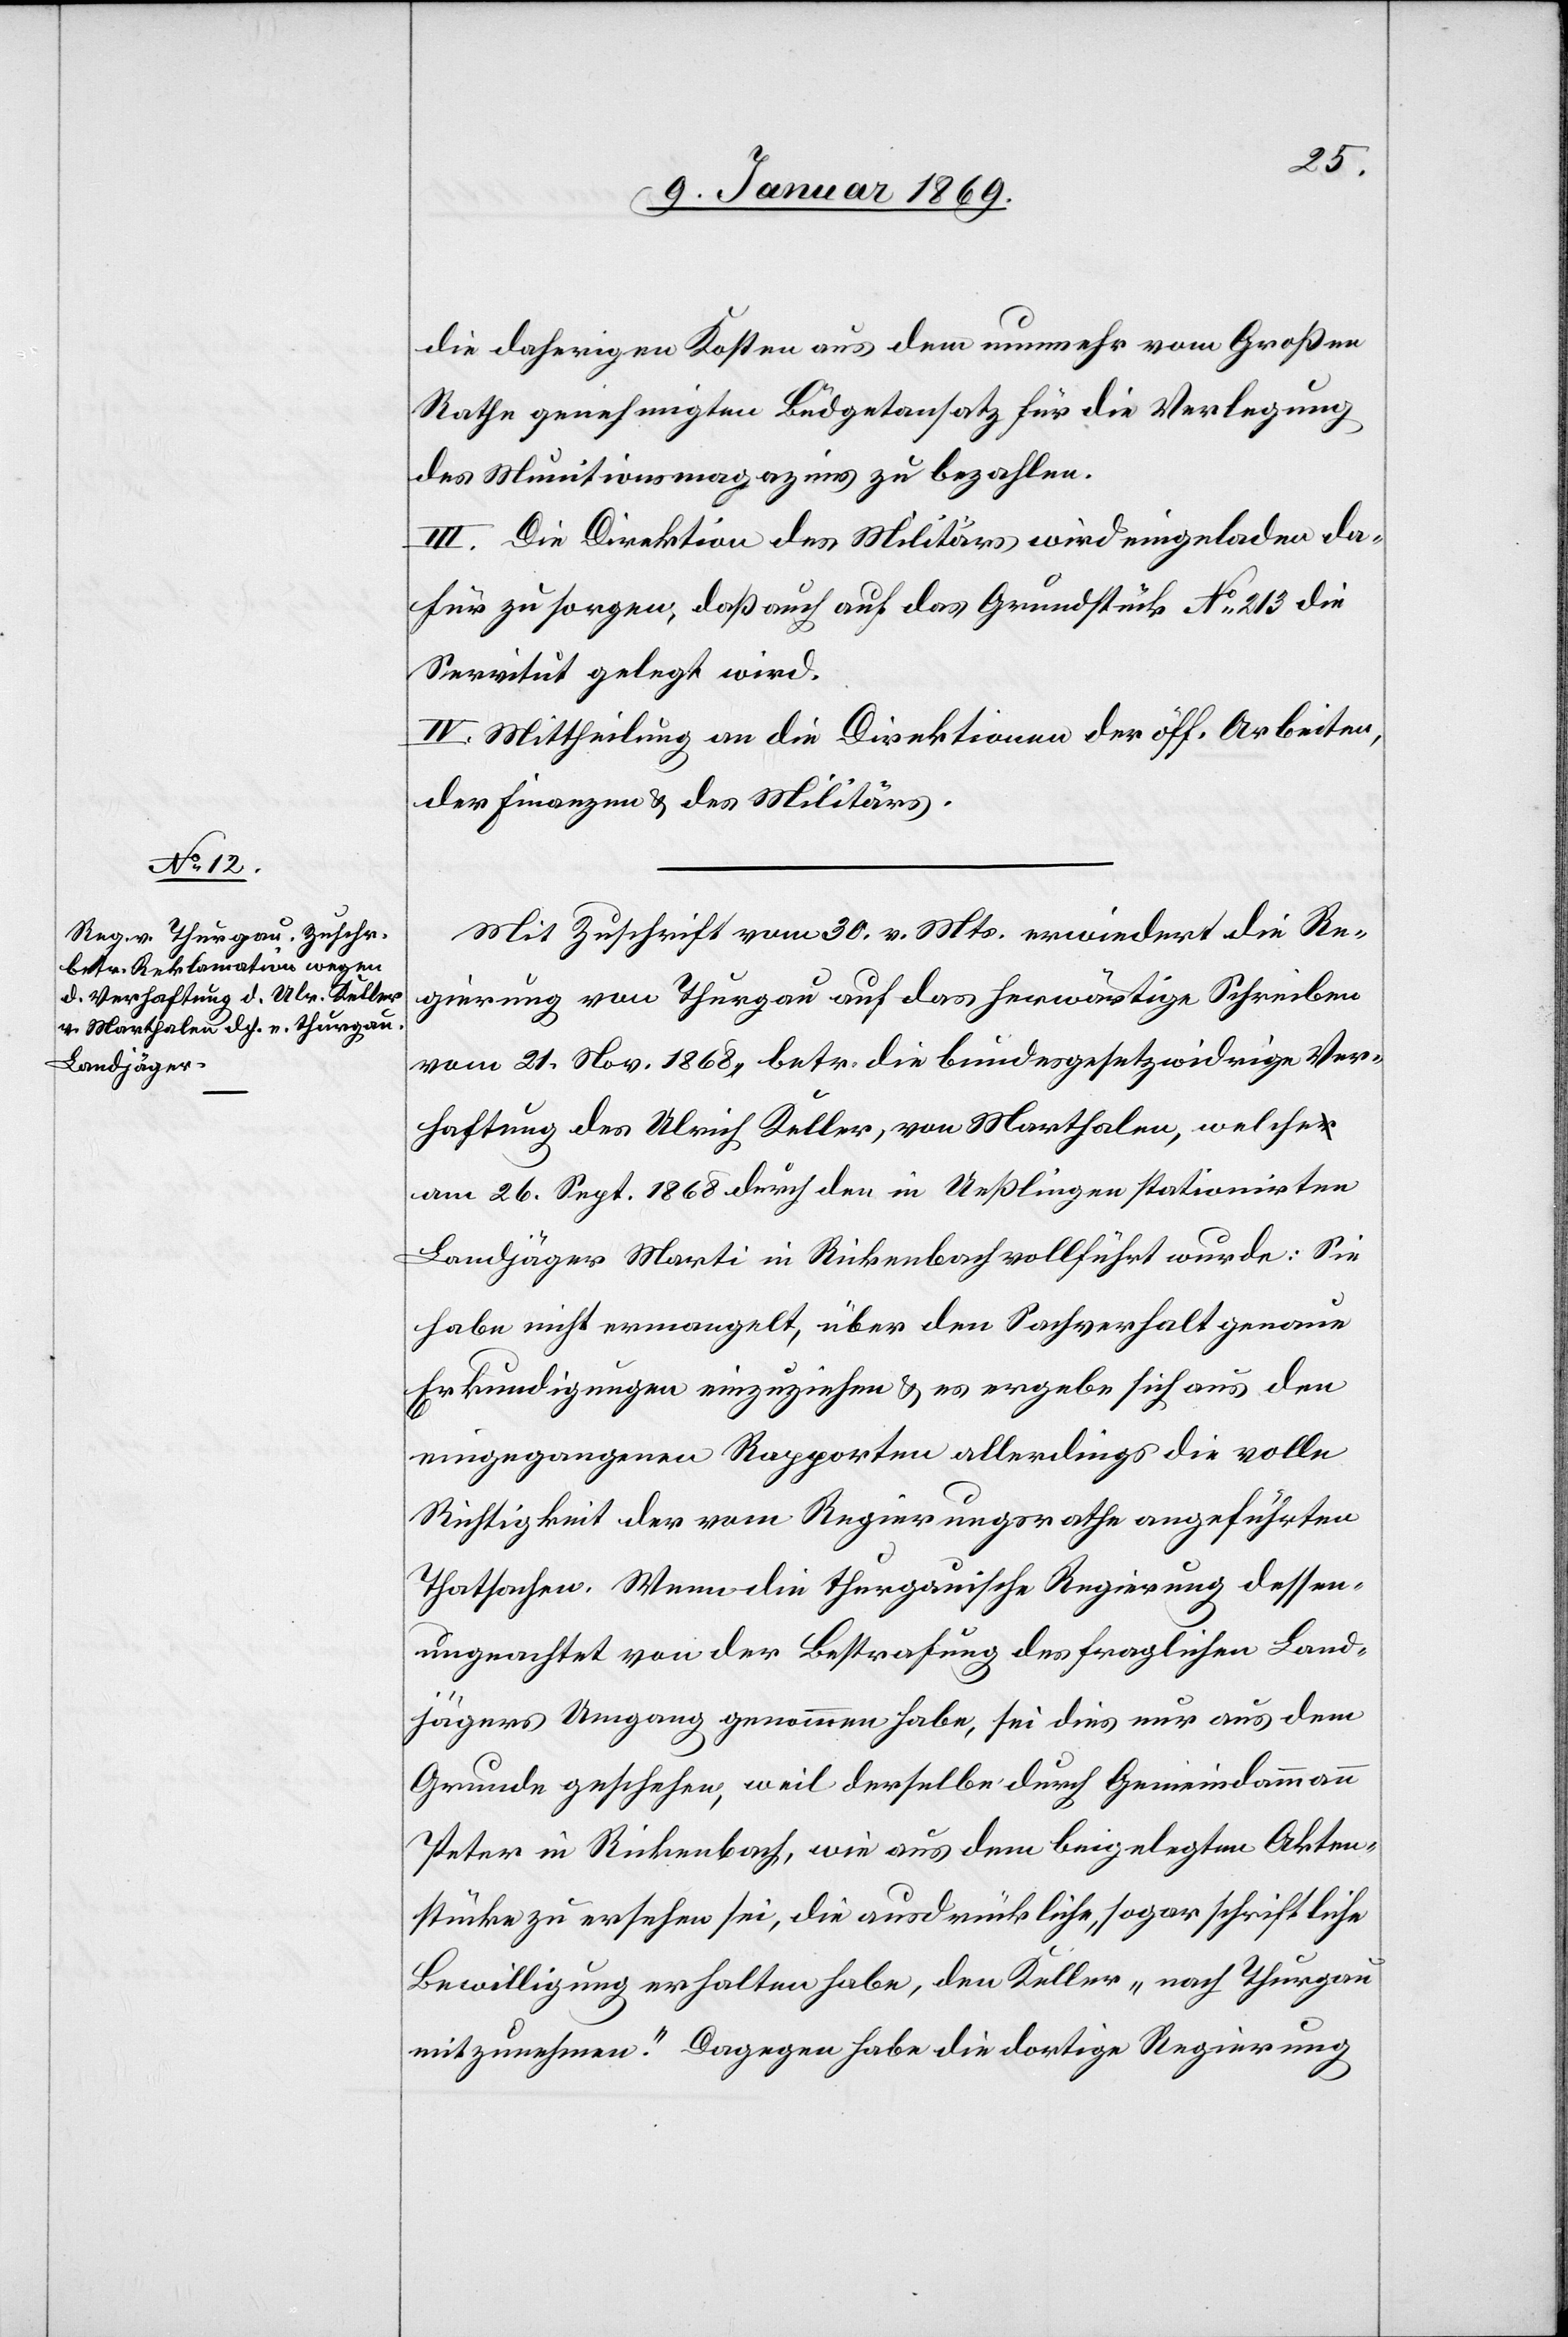
die daherigen Kosten aus dem nunmehr vom Großen
Rathe genehmigten Büdgetansatz für die Verlegung
des Munitionsmagazins zu bezahlen.
III. Die Direktion des Militärs wird eingeladen da¬
für zu sorgen, daß auch auf das Grundstück N° 213 die
Servitut gelegt wird.
IV. Mittheilung an die Direktionen der öff. Arbeiten
der Finanzen u. des Militärs.
Mit Zuschrift vom 30 v. Mts. erwiedert die Re¬
gierung von Thurgau auf das herwärtige Schreiben
vom 21. Nov. 1868, betr. die bundesgesetzwidrige Ver¬
haftung des Ulrich Keller, von Marthalen, welche
am 26. Sept. 1868 durch den in Ueßlingen stationirten
Landjäger Marti in Rickenbach vollführt wurde: Sie
habe nicht ermangelt, über den Sachverhalt genaue
Erkundigungen einzuziehen u. es ergebe sich aus den
eingezogenen Rapporten allerdings die volle
Richtigkeit der vom Regierungsrathe angeführten
Thatsachen. Wenn die thurgauische Regierung dessen¬
ungeachtet von der Bestrafung des fraglichen Land¬
jägers Umgang genommen habe, sei dies nur aus dem
Grunde geschehen, weil derselbe durch Gemeindammann
Peter in Rickenbach, wie aus dem beigelegten Akten¬
stücke zu ersehen sei, die ausdrückliche, sogar schriftliche
Bewilligung erhalten habe, den Keller „nach Thurgau
mitzunehmen.“ Dagegen habe die dortige Regierung